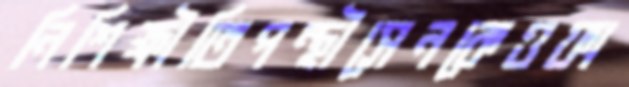
নিশিক্ষীতিপন্থীসেনকেওফা